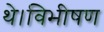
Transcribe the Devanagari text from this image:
थे।विभीषण